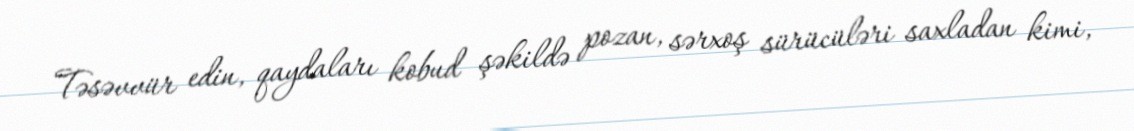
Təsəvvür edin, qaydaları kobud şəkildə pozan, sərxoş sürücüləri saxladan kimi,